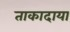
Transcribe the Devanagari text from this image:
ताकादाया